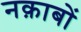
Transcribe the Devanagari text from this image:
नक़ाबों